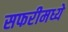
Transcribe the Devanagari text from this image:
सफरीमध्ये